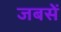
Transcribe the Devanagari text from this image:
जबसें